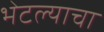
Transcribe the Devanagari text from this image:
भेटल्याचा